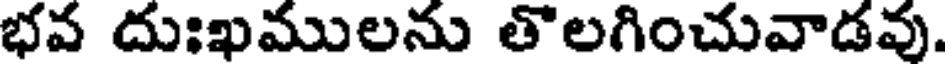
భవ దుఃఖములను తొలగించువాడవు.